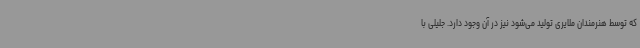
که توسط هنرمندان ملایری تولید می‌شود نیز در آن وجود دارد. جلیلی با